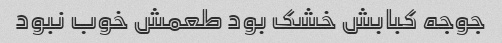
جوجه کبابش خشک بود طعمش خوب نبود